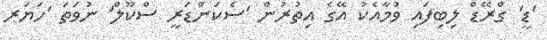
'ޑީ' ގްރޭޑް ލިބިފައި ވުމާއެކު އޭގެ އިތުރުން 'ސެކަންޑަރީ ސްކޫލް' ނުވަތަ 'ހަޔަރ